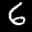
Label: 6